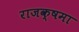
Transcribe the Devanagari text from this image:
राजक्षमा